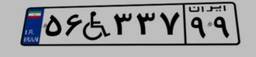
۵۶W۳۳۷۹۹